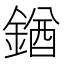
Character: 𨩊